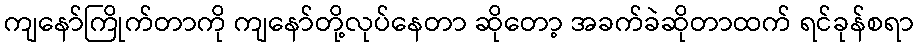
ကျနော်ကြိုက်တာကို ကျနော်တို့လုပ်နေတာ ဆိုတော့ အခက်ခဲဆိုတာထက် ရင်ခုန်စရာ